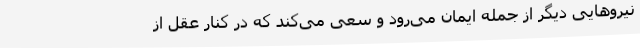
نیروهایی دیگر از جمله ایمان می‌رود و سعی می‌کند که در کنار عقل از